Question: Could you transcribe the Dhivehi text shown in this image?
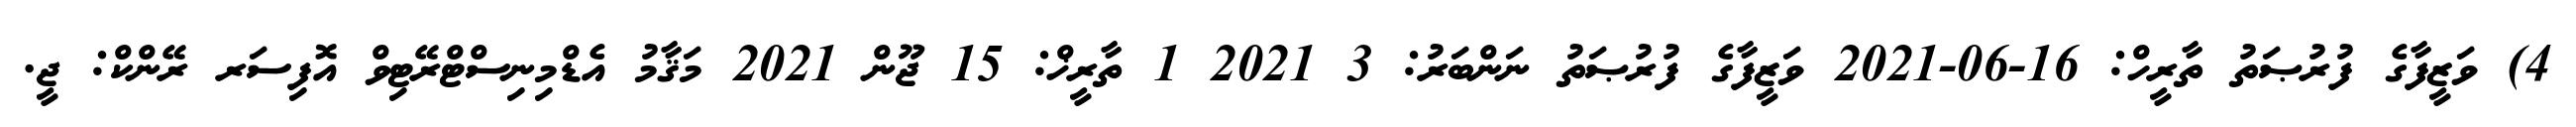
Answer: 4) ވަޒީފާގެ ފުރުޞަތު ތާރީހް: 16-06-2021 ވަޒީފާގެ ފުރުޞަތު ނަންބަރު: 3 2021 1 ތާރީޚް: 15 ޖޫން 2021 މަޤާމު އެޑްމިނިސްޓްރޭޓިވް އޮފިސަރ ރޭންކް: ޖީ.